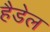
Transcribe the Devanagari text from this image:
हैडेल